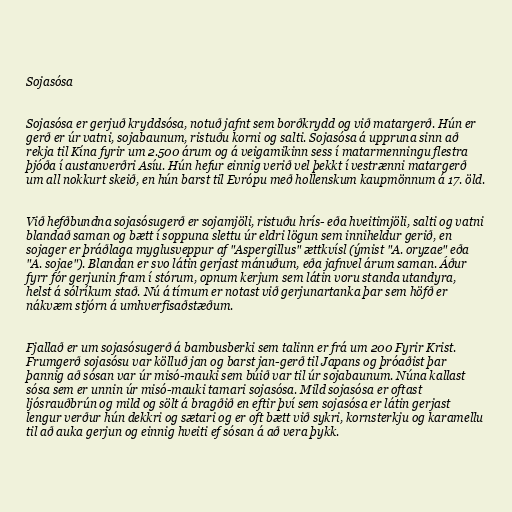
Sojasósa

Sojasósa er gerjuð kryddsósa, notuð jafnt sem borðkrydd og við matargerð. Hún er
gerð er úr vatni, sojabaunum, ristuðu korni og salti. Sojasósa á uppruna sinn að
rekja til Kína fyrir um 2.500 árum og á veigamikinn sess í matarmenningu flestra
þjóða í austanverðri Asíu. Hún hefur einnig verið vel þekkt í vestrænni matargerð
um all nokkurt skeið, en hún barst til Evrópu með hollenskum kaupmönnum á 17. öld.

Við hefðbundna sojasósugerð er sojamjöli, ristuðu hrís- eða hveitimjöli, salti og vatni
blandað saman og bætt í soppuna slettu úr eldri lögun sem inniheldur gerið, en
sojager er þráðlaga myglusveppur af "Aspergillus" ættkvísl (ýmist "A. oryzae" eða
"A. sojae"). Blandan er svo látin gerjast mánuðum, eða jafnvel árum saman. Áður
fyrr fór gerjunin fram í stórum, opnum kerjum sem látin voru standa utandyra,
helst á sólríkum stað. Nú á tímum er notast við gerjunartanka þar sem höfð er
nákvæm stjórn á umhverfisaðstæðum.

Fjallað er um sojasósugerð á bambusberki sem talinn er frá um 200 Fyrir Krist.
Frumgerð sojasósu var kölluð jan og barst jan-gerð til Japans og þróaðist þar
þannig að sósan var úr misó-mauki sem búið var til úr sojabaunum. Núna kallast
sósa sem er unnin úr misó-mauki tamari sojasósa. Mild sojasósa er oftast
ljósrauðbrún og mild og sölt á bragðið en eftir því sem sojasósa er látin gerjast
lengur verður hún dekkri og sætari og er oft bætt við sykri, kornsterkju og karamellu
til að auka gerjun og einnig hveiti ef sósan á að vera þykk.